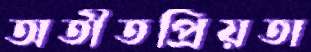
অতীতপ্রিয়তা